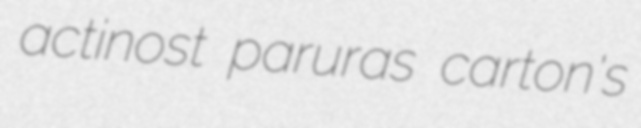
actinost paruras carton's